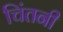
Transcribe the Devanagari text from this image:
चिंतनी